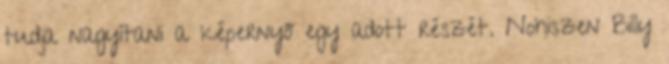
tudja nagyítani a képernyő egy adott részét. Nohiszen Billy